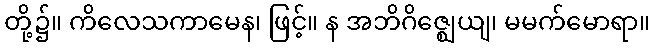
တို့၌။ ကိလေသကာမေန၊ ဖြင့်။ န အဘိဂိဇ္ဈေယျ၊ မမက်မောရာ။